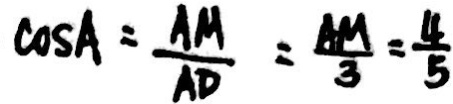
\cos A = \frac { A M } { A D } = \frac { A M } { 3 } = \frac { 4 } { 5 }